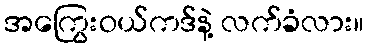
အကြွေးဝယ်ကဒ်နဲ့ လက်ခံလား။